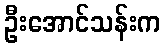
ဦးအောင်သန်းက